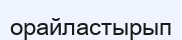
орайластырып